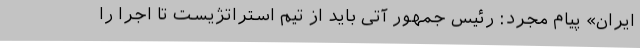
ایران» پیام مجرد: رئیس جمهور آتی باید از تیم استراتژیست تا اجرا را